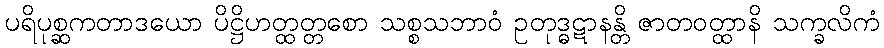
ပရိပုစ္ဆကတာဒယော ပိဋ္ဌိဟတ္ထတ္တစော သစ္စသဘာဝံ ဥတုဒ္ဓဋာနန္တိ ဇာတဝတ္ထာနိ သက္ခလိကံ